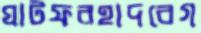
ঘাটফরহাদবেগ